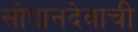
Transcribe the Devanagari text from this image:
सोपानदेवाची